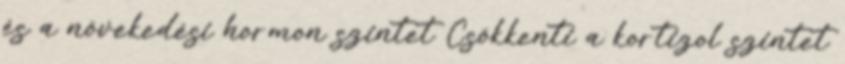
és a növekedési hormon szintet Csökkenti a kortizol szintet